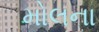
મોલના